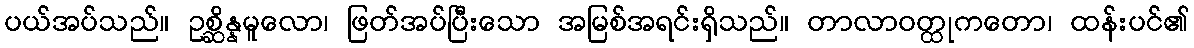
ပယ်အပ်သည်။ ဥစ္ဆိန္နမူလော၊ ဖြတ်အပ်ပြီးသော အမြစ်အရင်းရှိသည်။ တာလာဝတ္ထုကတော၊ ထန်းပင်၏